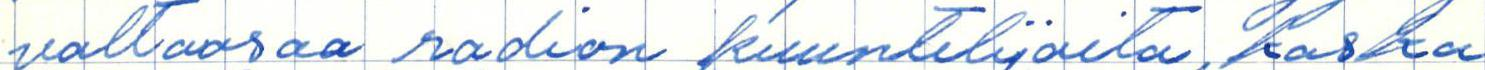
valtaosaa radion kuuntelijoita, koska